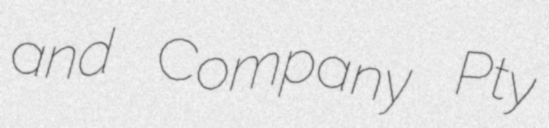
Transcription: and Company Pty